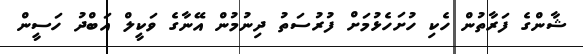
ޝާންގެ ފަރާތުން ހެކި ހުށަހެޅުމަށް ފުރުސަތު ދިނުމުން އޭނާގެ ވަކީލް އަބްދު ހަސީން